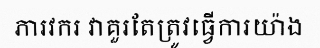
ភារវករ វាគួរតែត្រូវធ្វើការយ៉ាង